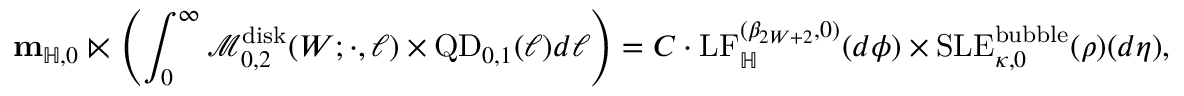
\mathbf { m } _ { \mathbb H , 0 } \ltimes \left( \int _ { 0 } ^ { \infty } \mathcal M _ { 0 , 2 } ^ { \mathrm { d i s k } } ( W ; \cdot , \ell ) \times \mathrm { Q D } _ { 0 , 1 } ( \ell ) d \ell \right) = C \cdot \mathrm { L F } _ { \mathbb H } ^ { ( \beta _ { 2 W + 2 } , 0 ) } ( d \phi ) \times \mathrm { S L E } _ { \kappa , 0 } ^ { \mathrm { b u b b l e } } ( \rho ) ( d \eta ) ,